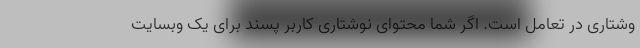
وشتاری در تعامل است. اگر شما محتوای نوشتاری کاربر پسند برای یک وبسایت